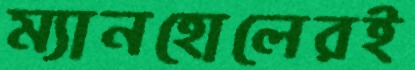
ম্যানহোলেরই